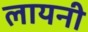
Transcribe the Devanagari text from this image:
लायनी